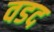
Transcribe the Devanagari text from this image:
वडद